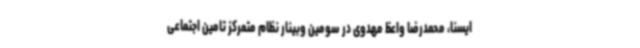
ایسنا، محمدرضا واعظ مهدوی در سومین وبینار نظام متمرکز تامین اجتماعی